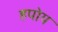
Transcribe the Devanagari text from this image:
हपोय